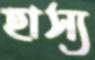
হাস্য